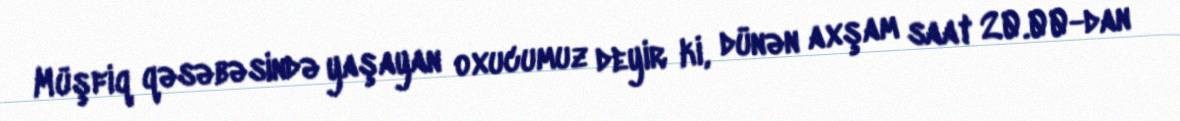
Müşfiq qəsəbəsində yaşayan oxucumuz deyir ki, dünən axşam saat 20.00-dan